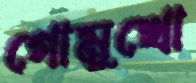
গোমুখো